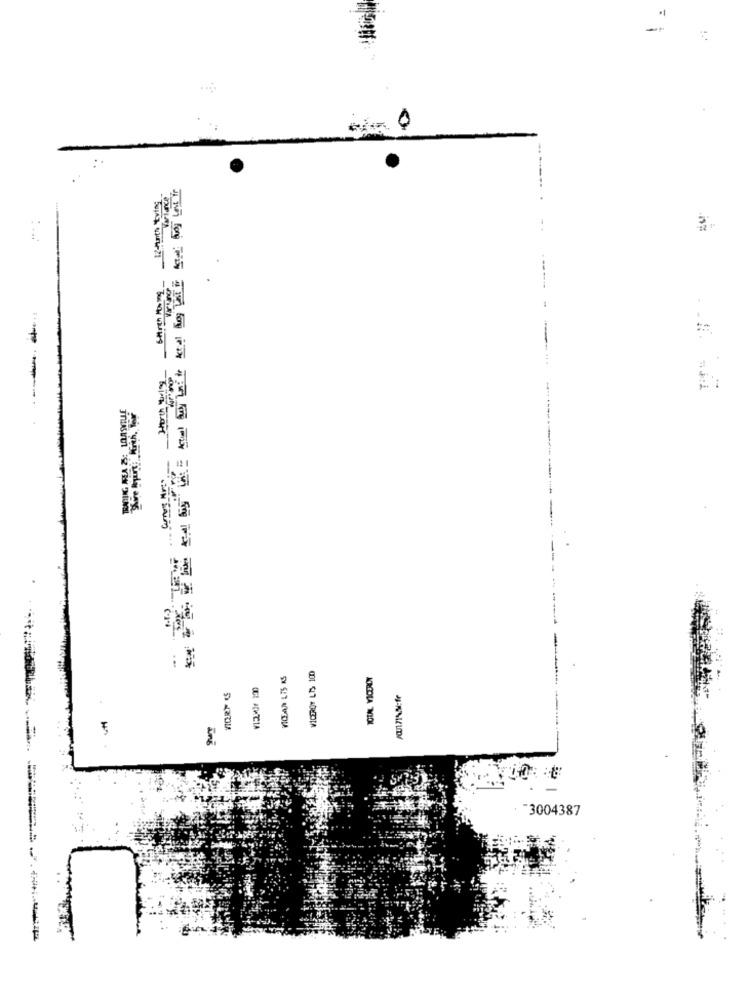
VICDAN L75 KS
OUI ACHTCIA
: - 3004387